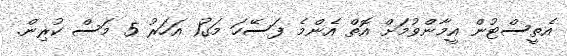
އެތީސްޓުން އީމާންވުމަށް އޮތް އެންމެ ފަސޭހަ މަގު1 އަހަރު 5 މަސް ކުރިން.